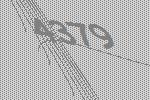
4379